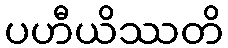
ပဟီယိဿတိ